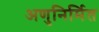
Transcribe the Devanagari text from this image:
अणुनिर्मित